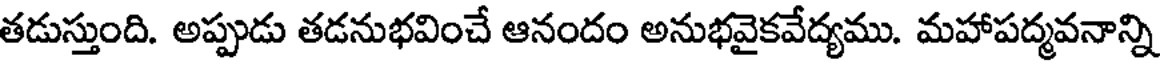
తడుస్తుంది. అప్పుడు తడనుభవించే ఆనందం అనుభవైకవేద్యము. మహాపద్మవనాన్ని